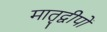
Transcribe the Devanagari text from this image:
मातृद्वीपों